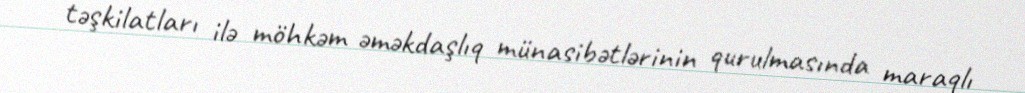
təşkilatları ilə möhkəm əməkdaşlıq münasibətlərinin qurulmasında maraqlı